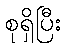
စုရှိပြီး